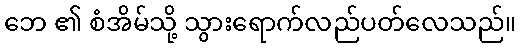
ဘေ ၏ စံအိမ်သို့ သွားရောက်လည်ပတ်လေသည်။